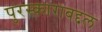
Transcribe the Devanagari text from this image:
पुरस्काराबद्दल